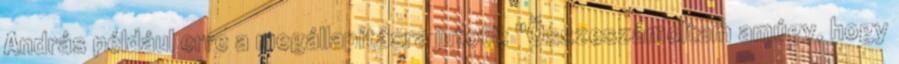
András például erre a megállapításra jutott: "Összeszámoltam amúgy, hogy